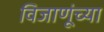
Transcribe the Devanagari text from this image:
विजाणूंच्या